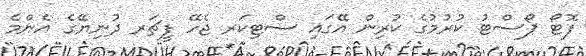
ފޮޓޯ ޕޯސްޓު ކުރުމުގެ ކުރިން އޭގައި ސްޓިކަރ ޖެހޭ ފީޗަރ ދުނިޔޭގެ އެންމެ